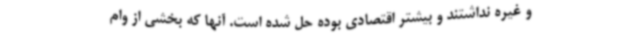
و غیره نداشتند و بیشتر اقتصادی بوده حل شده است. آنها که بخشی از وام